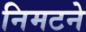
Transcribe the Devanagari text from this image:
निमटने